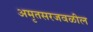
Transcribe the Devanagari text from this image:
अमृतसरजवळील